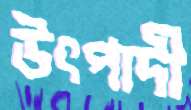
উৎপাদী